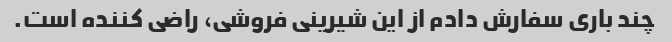
چند باری سفارش دادم از این شیرینی فروشی، راضی کننده است.